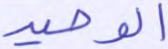
الوحيد